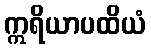
ဣရိယာပထိယံ